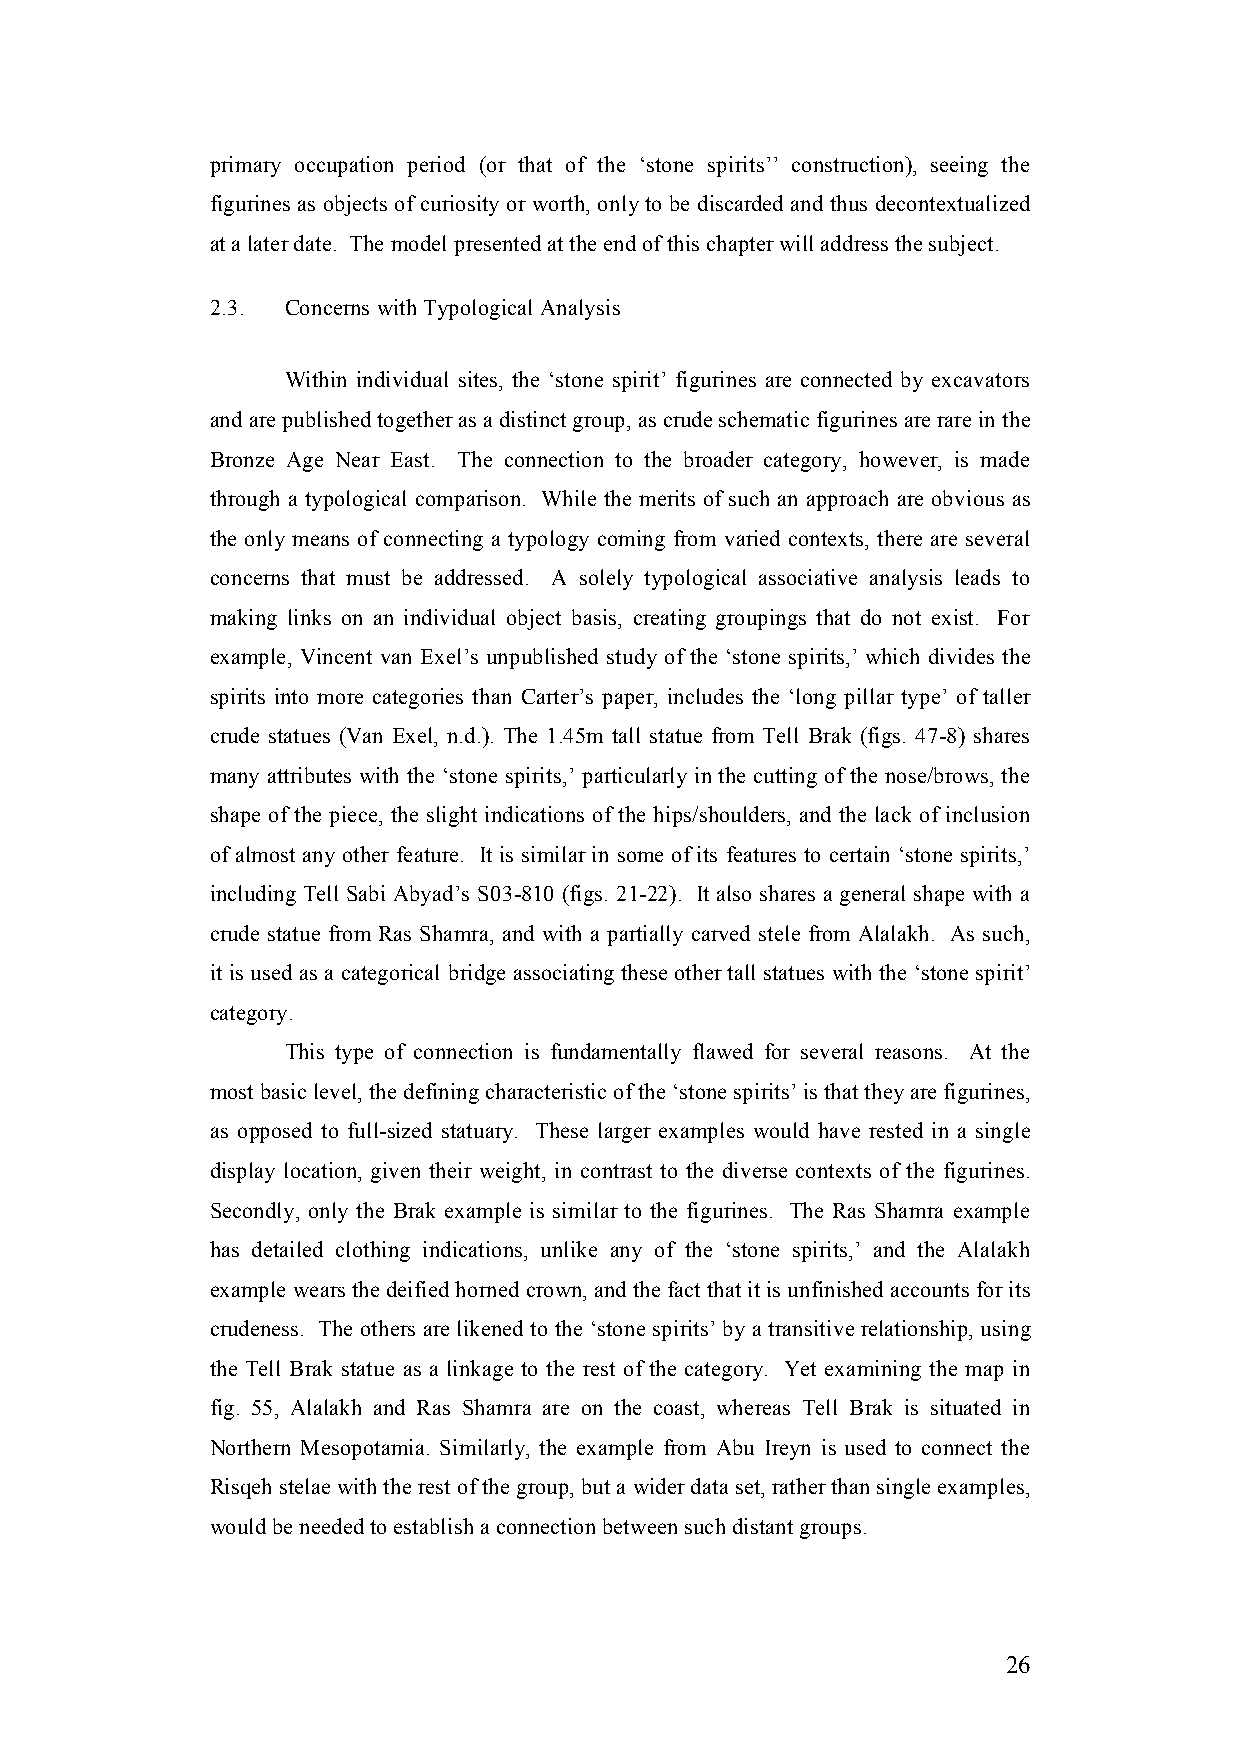
primary occupation period (or that of the ‘stone spirits’’ construction), seeing the
 figurines as objects of curiosity or worth, only to be discarded and thus decontextualized
 at a later date. The model presented at the end of this chapter will address the subject.
 2.3. Concerns with Typological Analysis
 Within individual sites, the ‘stone spirit’ figurines are connected by excavators
 and are published together as a distinct group, as crude schematic figurines are rare in the
 Bronze Age Near East. The connection to the broader category, however, is made
 through a typological comparison. While the merits of such an approach are obvious as
 the only means of connecting a typology coming from varied contexts, there are several
 concerns that must be addressed. A solely typological associative analysis leads to
 making links on an individual object basis, creating groupings that do not exist. For
 example, Vincent van Exel’s unpublished study of the ‘stone spirits,’ which divides the
 spirits into more categories than Carter’s paper, includes the ‘long pillar type’ of taller
 crude statues (Van Exel, n.d.). The 1.45m tall statue from Tell Brak (figs. 47-8) shares
 many attributes with the ‘stone spirits,’ particularly in the cutting of the nose/brows, the
 shape of the piece, the slight indications of the hips/shoulders, and the lack of inclusion
 of almost any other feature. It is similar in some of its features to certain ‘stone spirits,’
 including Tell Sabi Abyad’s S03-810 (figs. 21-22). It also shares a general shape with a
 crude statue from Ras Shamra, and with a partially carved stele from Alalakh. As such,
 it is used as a categorical bridge associating these other tall statues with the ‘stone spirit’
 category.
 This type of connection is fundamentally flawed for several reasons. At the
 most basic level, the defining characteristic of the ‘stone spirits’ is that they are figurines,
 as opposed to full-sized statuary. These larger examples would have rested in a single
 display location, given their weight, in contrast to the diverse contexts of the figurines.
 Secondly, only the Brak example is similar to the figurines. The Ras Shamra example
 has detailed clothing indications, unlike any of the ‘stone spirits,’ and the Alalakh
 example wears the deified horned crown, and the fact that it is unfinished accounts for its
 crudeness. The others are likened to the ‘stone spirits’ by a transitive relationship, using
 the Tell Brak statue as a linkage to the rest of the category. Yet examining the map in
 fig. 55, Alalakh and Ras Shamra are on the coast, whereas Tell Brak is situated in
 Northern Mesopotamia. Similarly, the example from Abu Ireyn is used to connect the
 Risqeh stelae with the rest of the group, but a wider data set, rather than single examples,
 would be needed to establish a connection between such distant groups.
 26